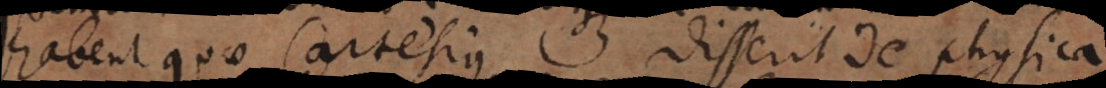
habent quae Cartesius disserit de physica